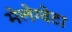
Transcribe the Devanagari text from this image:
मेलेग्वेटा